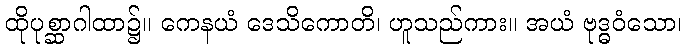
ထိုပုစ္ဆာဂါထာ၌။ ကေနယံ ဒေသိကောတိ၊ ဟူသည်ကား။ အယံ ဗုဒ္ဓဝံသော၊